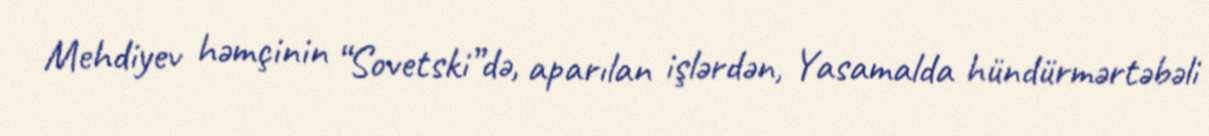
Mehdiyev həmçinin “Sovetski”də, aparılan işlərdən, Yasamalda hündürmərtəbəli